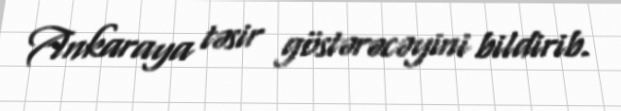
Ankaraya təsir göstərəcəyini bildirib.